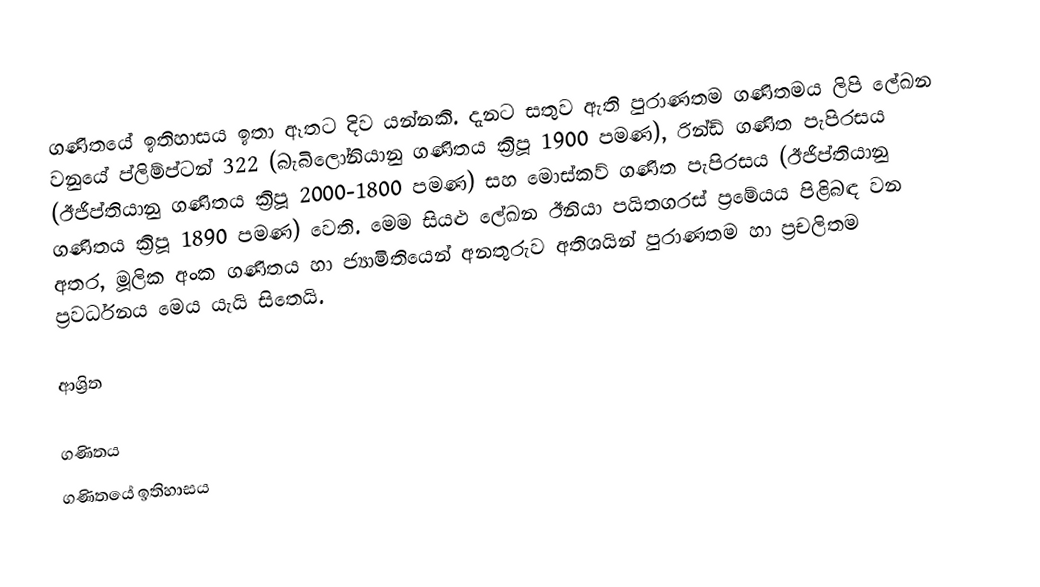
ගණිතයේ ඉතිහාසය ඉතා ඈතට දිව යන්නකි. දැනට සතුව ඇති පුරාණතම ගණිතමය ලිපි ලේඛන වනුයේ  ප්ලිම්ප්ටන් 322 (බැබිලෝනියානු ගණිතය ක්‍රිපූ 1900 පමණ), රින්ඩ් ගණිත පැපිරසය (ඊජිප්තියානු ගණිතය ක්‍රිපූ  2000-1800 පමණ) සහ  මොස්කව් ගණිත පැපිරසය (ඊජිප්තියානු ගණිතය ක්‍රිපූ  1890 පමණ) වෙති. මෙම සියළු ලේඛන ඊනියා පයිතගරස් ප්‍රමේයය පිළිබඳ වන අතර, මූලික අංක ගණිතය හා ජ්‍යාමිතියෙන් අනතුරුව අතිශයින් පුරාණතම හා ප්‍රචලිතම ප්‍රවර්ධනය මෙය යැයි සිතෙයි.

ආශ්‍රිත

ගණිතය
ගණිතයේ ඉතිහාසය